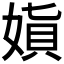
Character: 𫱇